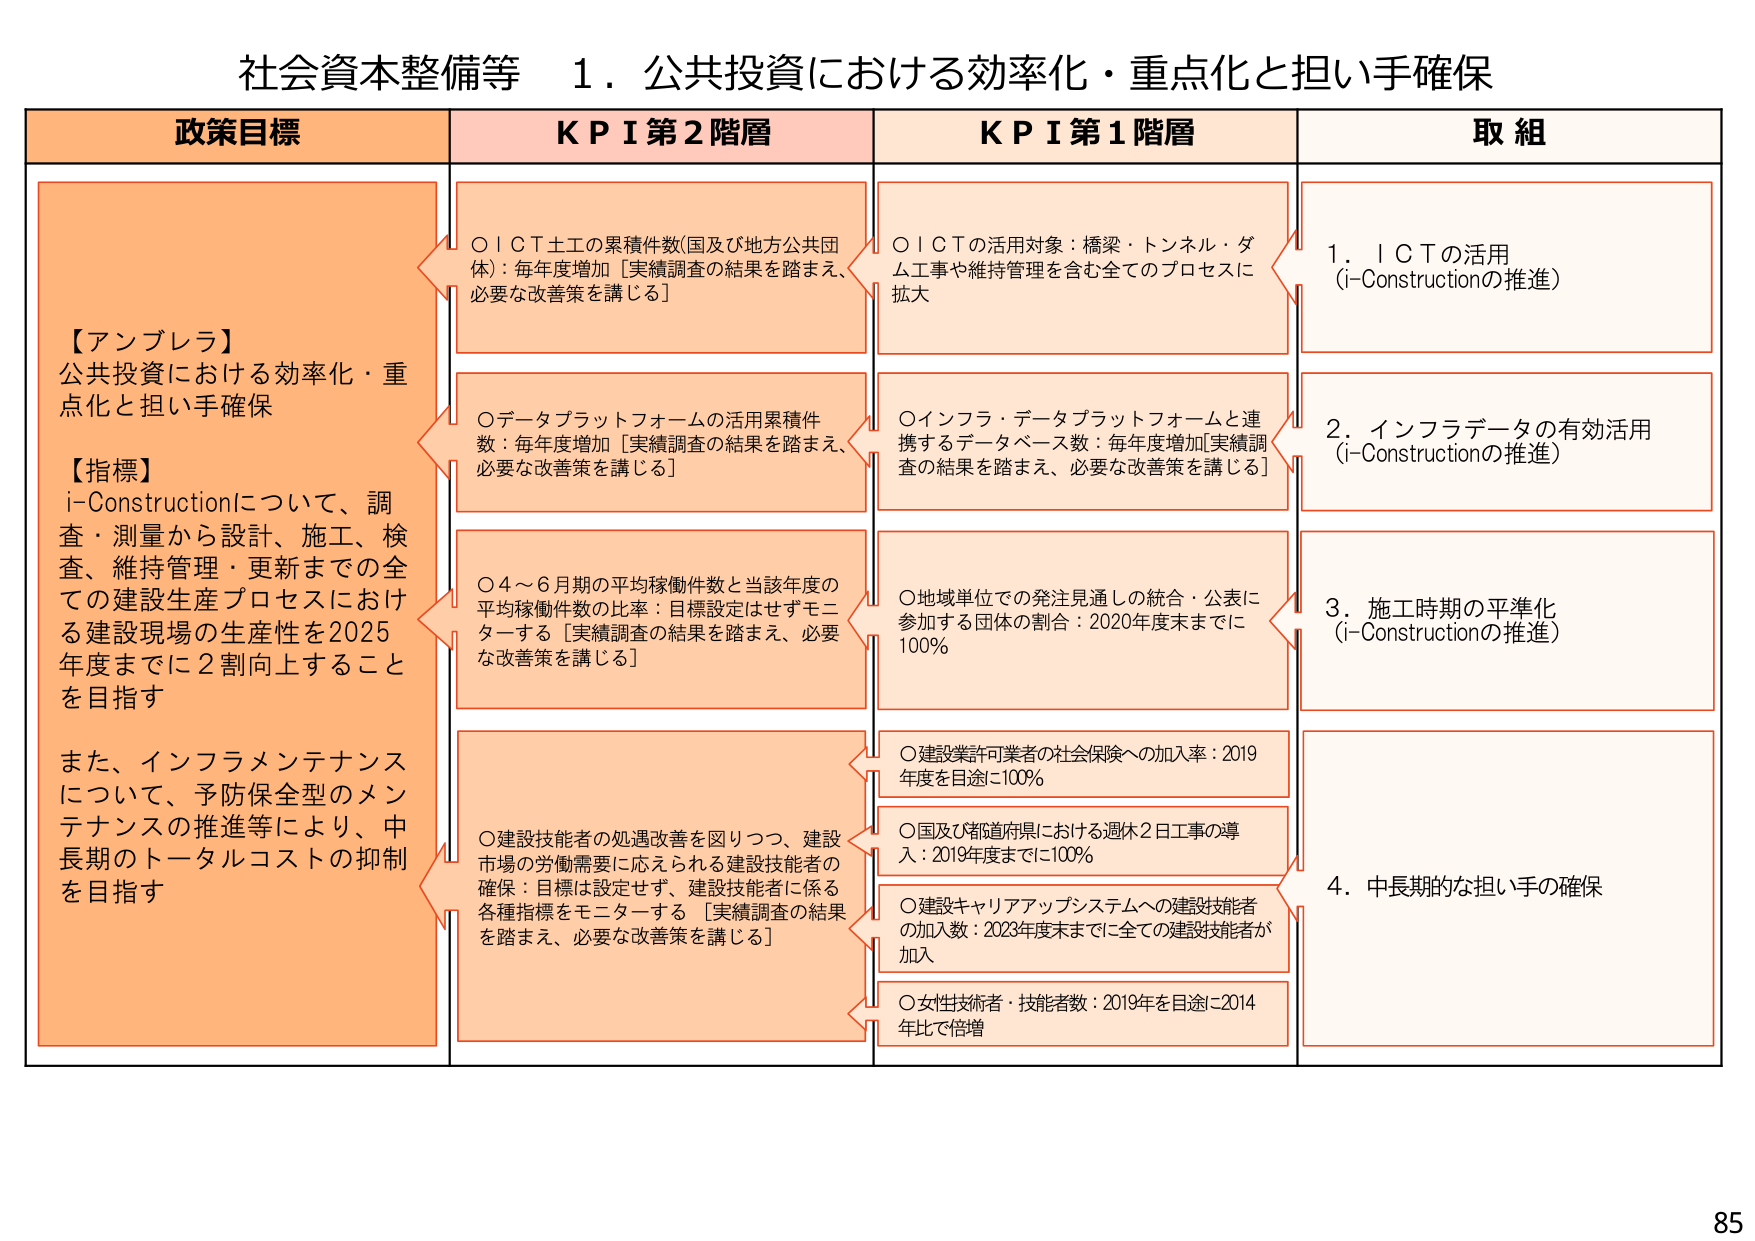
社会資本整備等 1．公共投資における効率化・重点化と担い手確保

政策目標
【アンブレラ】
公共投資における効率化・重点化と担い手確保
【指標】
i-Constructionについて、調査・測量から設計、施工、検査、維持管理・更新までの全ての建設生産プロセスにおける建設現場の生産性を2025年度までに2割向上することを目指す
また、インフラメンテナンスについて、予防保全型のメンテナンスの推進等により、中長期的トータルコストの抑制を目指す

KPI第2階層
○ICT土工の累積件数(国及び地方公共団体)：毎年度増加［実績調査の結果を踏まえ、必要な改善策を講じる］
○データプラットフォームの活用累積件数：毎年度増加［実績調査の結果を踏まえ、必要な改善策を講じる］
○4～6月期の平均稼働件数と当該年度の平均稼働件数の比率：目標設定はせずモニターする［実績調査の結果を踏まえ、必要な改善策を講じる］
○建設技能者の処遇改善を図りつつ、建設市場の労働需要に応えられる建設技能者の確保：目標は設定せず、建設技能者に係る各種指標をモニターする［実績調査の結果を踏まえ、必要な改善策を講じる］

KPI第1階層
○ICTの活用対象：橋梁・トンネル・ダム工事や維持管理を含む全てのプロセスに拡大
○インフラ・データプラットフォームと連携するデータベース数：毎年度増加［実績調査の結果を踏まえ、必要な改善策を講じる］
○地域単位での発注見通しの統合・公表に参加する団体の割合：2020年度末までに100％
○建設業許可業者の社会保険への加入率：2019年度を目途に100％
○国及び都道府県における週休2日工事の導入：2019年度までに100％
○建設キャリアアップシステムへの建設技能者の加入数：2023年度末までに全ての建設技能者が加入
○女性技術者・技能者数：2019年を目途に2014年比で倍増

取組
1．ICTの活用（i-Constructionの推進）
2．インフラデータの有効活用（i-Constructionの推進）
3．施工時期の平準化（i-Constructionの推進）
4．中長期的な担い手の確保

85